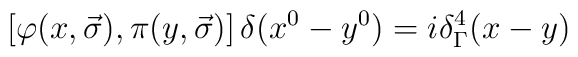
\left[\varphi(x,\vec{\sigma}),\pi(y,\vec{\sigma})\right]\delta(x^0-y^0)=i{\delta}^{4}_{\Gamma}(x-y)